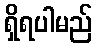
ရှိရပါမည်